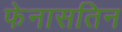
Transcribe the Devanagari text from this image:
फेनासतिन